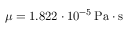
\mu = 1 . 8 2 2 \cdot 1 0 ^ { - 5 } \, \mathrm { P a \cdot s }